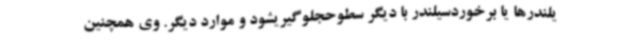
یلندرها یا برخوردسیلندر با دیگر سطوحجلوگیریشود و موارد دیگر. وی همچنین